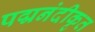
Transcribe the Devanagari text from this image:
पद्मनंदीकृत